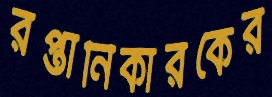
রপ্তানিকারকের